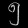
Digit: ၅